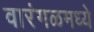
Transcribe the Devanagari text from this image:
वारंगळमध्ये